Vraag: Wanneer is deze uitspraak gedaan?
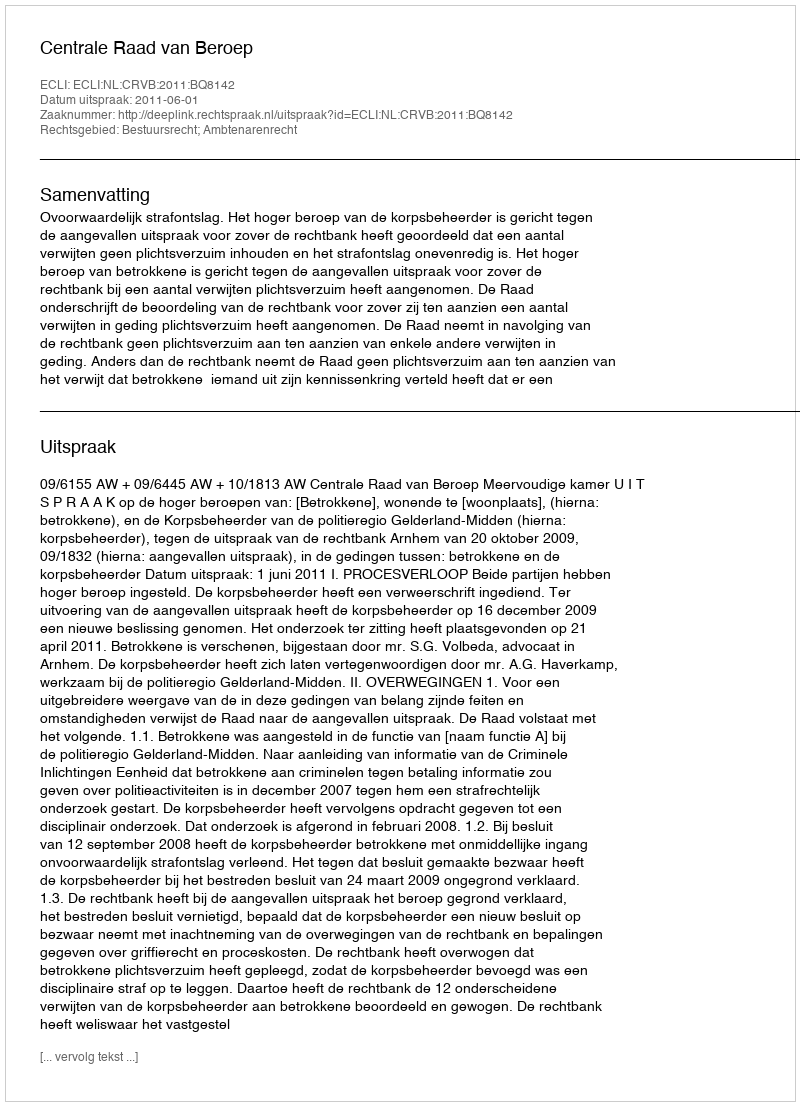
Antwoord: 2011-06-01